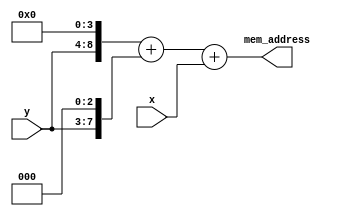
module standSprite(x, y, mem_address);

	parameter RESOLUTION = "24x24";
	input [4:0] x; 
	input [4:0] y;	
	output [10:0] mem_address;
	
	assign mem_address =({1'b0, y, 4'd0} + {1'b0, y, 3'd0} + {1'b0, x});

	
endmodule